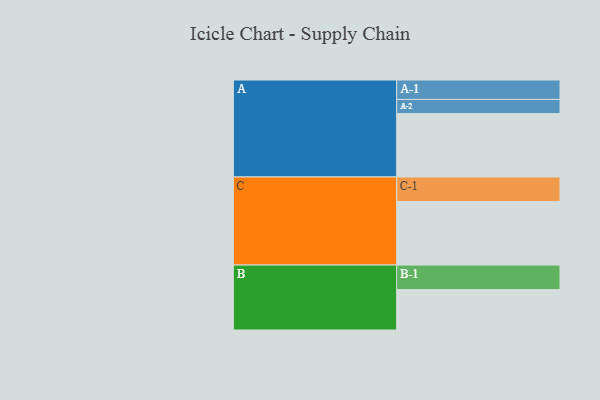
{"axis": {"x": "Segment", "y": "Value"}, "legend": ["", "A", "B", "C"], "data": [{"x": "A", "y": 522, "type": ""}, {"x": "B", "y": 333, "type": ""}, {"x": "C", "y": 524, "type": ""}, {"x": "A-1", "y": 160, "type": "A"}, {"x": "A-2", "y": 117, "type": "A"}, {"x": "B-1", "y": 202, "type": "B"}, {"x": "C-1", "y": 202, "type": "C"}]}